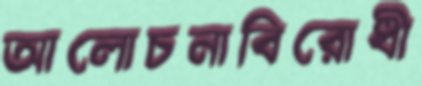
আলোচনাবিরোধী